Leaving Certificate Examination, 1903
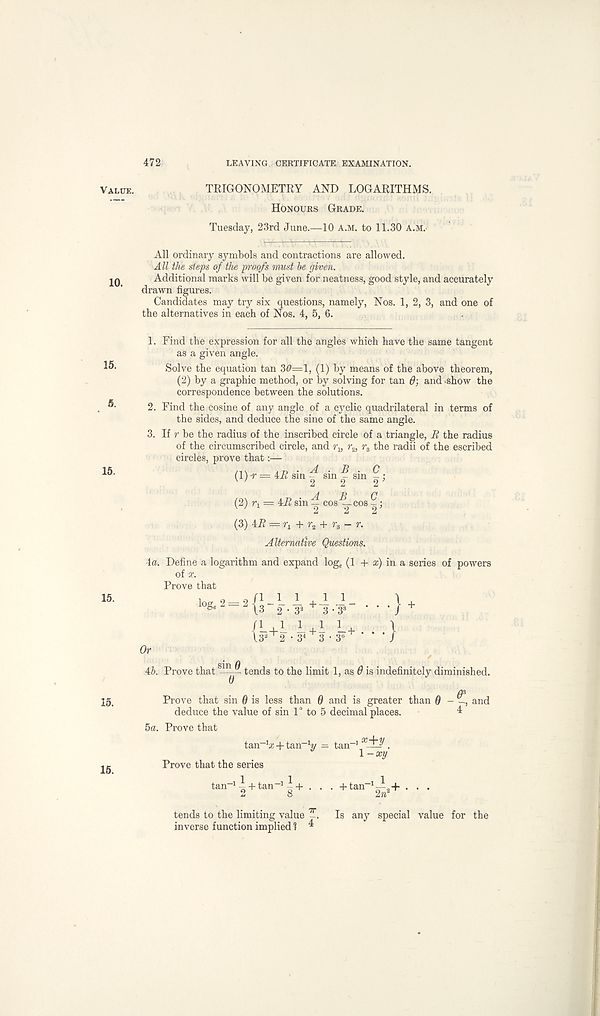
472
LEAVING. CERTIFICATE EXAMINATION.
Value.
TRIGONOMETRY AND LOGARITHMS.
Honours Grade.
Tuesday, 23rd June.—10 a.m. to 11.30 A.M.
All ordinary symbols and contractions are allowed.
All the steps of the proofs must he given.
Additional marks will be given for neatness, good style, and accurately
drawn figures.
Candidates may try six questions, namely, Nos. 1, 2, 3, and one of
the alternatives in each of Nos. 4, 5, 6.
15.
5.
15.
15.
15.
15.
1. Find the expression for all the angles which have the same tangent
as a given angle.
Solve the equation tan 30=1, (1) by means of the above theorem,
(2) by a graphic method, or by solving for tan 6' } and ' Show the
correspondence between the solutions.
2. Find the cosine of any angle of a cyclic quadrilateral in terms of
the sides, and deduce the sine of the same angle.
3. If r be the radius of the inscribed circle of a triangle, R the radius
of the circumscribed circle, and r u r 2 , r 8 the radii of the escribed
circles, prove that:—
/i\ a j) • ^4 • R • C
(1) -r = 4.ff sin - sm ^ sm - ;
/ ON
AT? ' At B C
(2) r x = 4ii sin — cos -^-cos -;
(3) 4R = ii + r 2 + r 3 — r.
Alternative Questions.
\a. Define a logarithm and expand log c (1 + a;) in a series of powers
of x.
Prove that
U* 2 • 3 4 3 • 3“
•}
45. Prove that -- tends to the limit 1, as 0 is indefinitely diminished.
D
ds
Prove that sin 0 is less than 0 and is greater than 0 - —, and
deduce the value of sin 1° to 5 decimal places.
4
5a. Prove that
tan -1 a; + tan - V = tan -1 .
\-xy
Prove that the series
tan -1 i+ tan -1 ^ + . . . +tan -1 -^9+ . . .
2
8
2?r
tends to the limiting value -. Is any special value for the
inverse function implied 1 ^